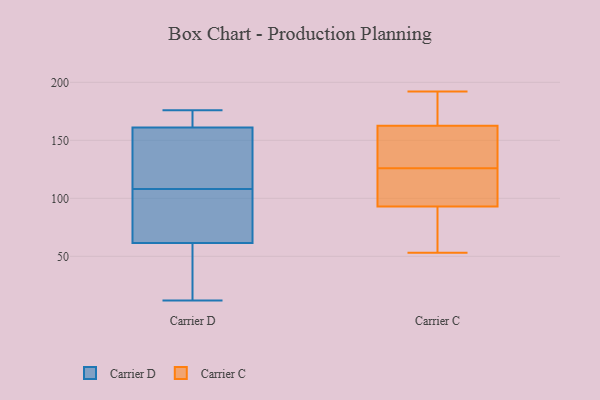
{"axis": {"x": "Revenue (USD Million)", "y": "Value"}, "legend": ["Carrier C", "Carrier D"], "data": [{"x": "", "y": 82, "type": "Carrier D"}, {"x": "", "y": 157, "type": "Carrier D"}, {"x": "", "y": 158, "type": "Carrier D"}, {"x": "", "y": 20, "type": "Carrier D"}, {"x": "", "y": 104, "type": "Carrier D"}, {"x": "", "y": 109, "type": "Carrier D"}, {"x": "", "y": 41, "type": "Carrier D"}, {"x": "", "y": 164, "type": "Carrier D"}, {"x": "", "y": 176, "type": "Carrier D"}, {"x": "", "y": 107, "type": "Carrier D"}, {"x": "", "y": 175, "type": "Carrier D"}, {"x": "", "y": 12, "type": "Carrier D"}, {"x": "", "y": 73, "type": "Carrier C"}, {"x": "", "y": 96, "type": "Carrier C"}, {"x": "", "y": 126, "type": "Carrier C"}, {"x": "", "y": 53, "type": "Carrier C"}, {"x": "", "y": 90, "type": "Carrier C"}, {"x": "", "y": 150, "type": "Carrier C"}, {"x": "", "y": 126, "type": "Carrier C"}, {"x": "", "y": 175, "type": "Carrier C"}, {"x": "", "y": 143, "type": "Carrier C"}, {"x": "", "y": 188, "type": "Carrier C"}, {"x": "", "y": 101, "type": "Carrier C"}, {"x": "", "y": 192, "type": "Carrier C"}]}